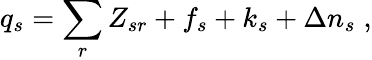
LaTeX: q_{s}=\sum_{r}Z_{sr}+f_{s}+k_{s}+\Delta n_{s}\; ,